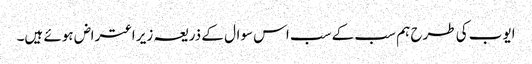
ایوب کی طرح ہم سب کے سب اس سوال کے ذریعہ زیر اعتراض ہوئے ہیں۔